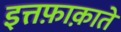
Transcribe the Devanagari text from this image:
इत्तफ़ाक़ाते